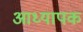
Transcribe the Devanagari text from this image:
आध्यापक